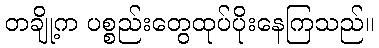
တချို့က ပစ္စည်းတွေထုပ်ပိုးနေကြသည်။